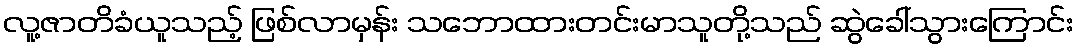
လူ့ဇာတိခံယူသည့် ဖြစ်လာမှန်း သဘောထားတင်းမာသူတို့သည် ဆွဲခေါ်သွားကြောင်း